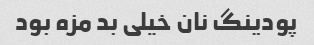
پودینگ نان خیلی بد مزه بود